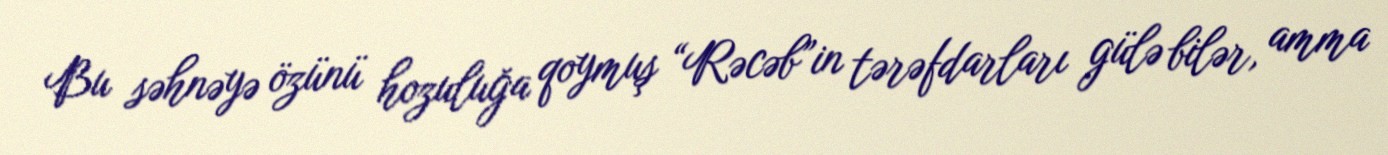
Bu səhnəyə özünü hozuluğa qoymuş “Rəcəb”in tərəfdarları gülə bilər, amma